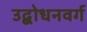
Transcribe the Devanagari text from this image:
उद्बोधनवर्ग